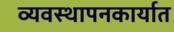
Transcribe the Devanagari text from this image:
व्यवस्थापनकार्यात